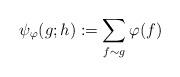
LaTeX: \begin{align*}\psi_\varphi(g; h) := \sum_{f \sim g} \varphi(f)\end{align*}